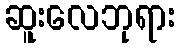
ဆူးလေဘုရား